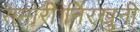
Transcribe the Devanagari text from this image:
समोरी।निरखुनी